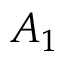
A _ { 1 }